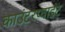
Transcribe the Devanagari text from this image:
काउंटरप्वाइंट